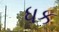
ધક